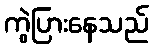
ကွဲပြားနေသည်